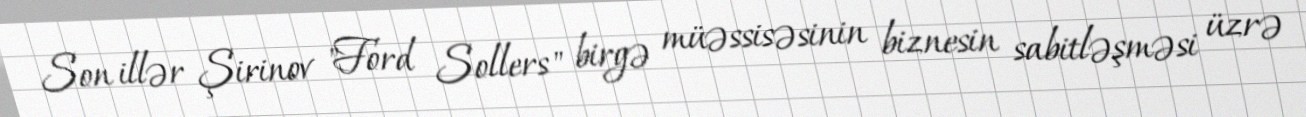
Son illər Şirinov "Ford Sollers" birgə müəssisəsinin biznesin sabitləşməsi üzrə